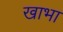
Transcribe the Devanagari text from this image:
खाभा